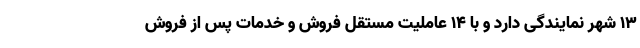
۱۳ شهر نمایندگی دارد و با ۱۴ عاملیت مستقل فروش و خدمات پس از فروش